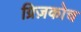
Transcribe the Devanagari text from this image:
ग्रिज़कोच